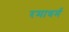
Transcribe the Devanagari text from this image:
रमाधर्म